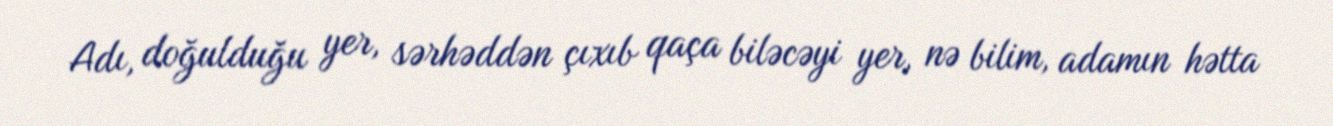
Adı, doğulduğu yer, sərhəddən çıxıb qaça biləcəyi yer, nə bilim, adamın hətta